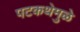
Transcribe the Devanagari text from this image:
पटकथेमुळे